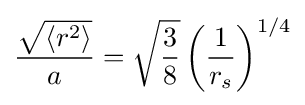
{\frac {\sqrt {\langle r^{2}\rangle }}{a}}={\sqrt {\frac {3}{8}}}\left({\frac {1}{r_{s}}}\right)^{1/4}